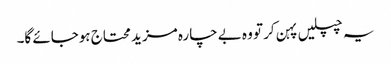
یہ چپلیں پہن کر تو وہ بے چارہ مزید محتاج ہوجائے گا۔